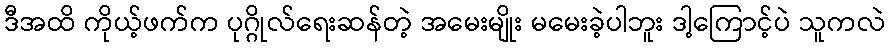
ဒီအထိ ကိုယ့်ဖက်က ပုဂ္ဂိုလ်ရေးဆန်တဲ့ အမေးမျိုး မမေးခဲ့ပါဘူး ဒါ့ကြောင့်ပဲ သူကလဲ